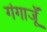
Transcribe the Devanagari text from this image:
गंगाजूँ